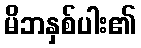
မိဘနှစ်ပါး၏